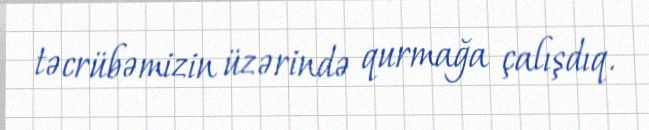
təcrübəmizin üzərində qurmağa çalışdıq.